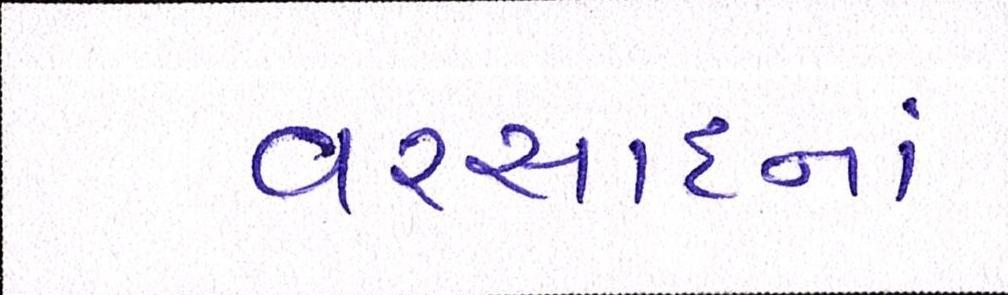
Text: વરસાદનાં